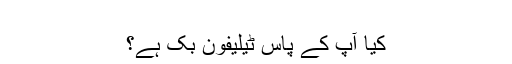
‬
‫کیا آپ کے پاس ٹیلیفون بْک ہے؟